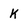
Character: k